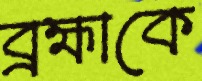
ব্রহ্মাকে